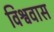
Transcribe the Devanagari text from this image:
विश्ववास